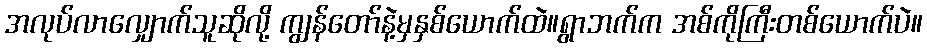
အလုပ်လာလျှောက်သူဆိုလို့ ကျွန်တော်နဲ့မှနှစ်ယောက်ထဲ။ရွာဘက်က အစ်ကိုကြီးတစ်ယောက်ပဲ။